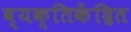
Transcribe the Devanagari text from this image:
व्यक्तिकेंद्रित